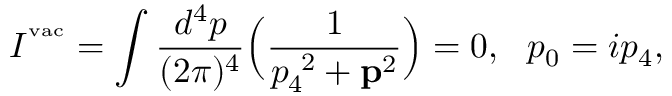
I ^ { { } ^ { \mathrm { v a c } } } = \int \frac { d ^ { 4 } p } { ( 2 \pi ) ^ { 4 } } \Big ( \frac { 1 } { p _ { 4 } ^ { \ 2 } + { \bf p } ^ { 2 } } \Big ) = 0 , \ \ p _ { 0 } = i p _ { 4 } ,